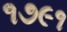
૧૭૯૧